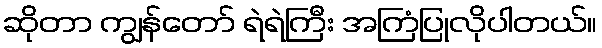
ဆိုတာ ကျွန်တော် ရဲရဲကြီး အကြံပြုလိုပါတယ်။